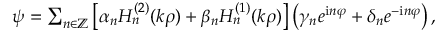
\begin{array} { r } { \psi = \sum _ { n \in \mathbb { Z } } \left[ \alpha _ { n } H _ { n } ^ { ( 2 ) } ( k \rho ) + \beta _ { n } H _ { n } ^ { ( 1 ) } ( k \rho ) \right] \left( \gamma _ { n } e ^ { \mathrm { i } n \varphi } + \delta _ { n } e ^ { - \mathrm { i } n \varphi } \right) , } \end{array}